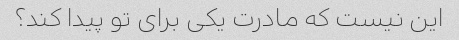
این نیست که مادرت یکی برای تو پیدا کند؟